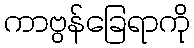
ကာဗွန်ခြေရာကို